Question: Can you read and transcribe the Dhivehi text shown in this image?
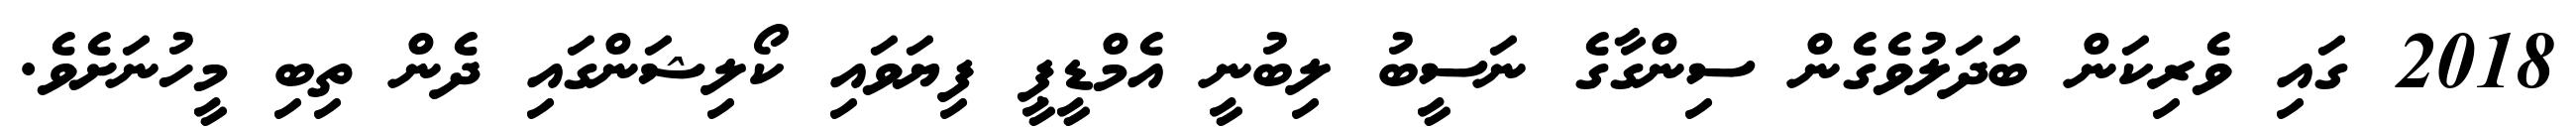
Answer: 2018 ގައި ވެރިކަން ބަދަލުވެގެން ސިންގާގެ ނަސީބު ލިބުނީ އެމްޑީޕީ ފިޔަވައި ކޯލިޝަންގައި ދެން ތިބި މީހުނަށެވެ.